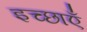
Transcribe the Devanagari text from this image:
इच्‍छाएँ